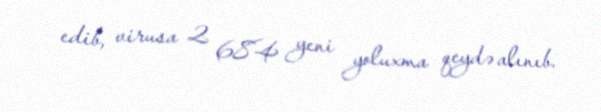
edib, virusa 2 684 yeni yoluxma qeydə alınıb.